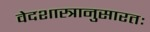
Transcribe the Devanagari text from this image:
वेदशास्त्रानुसारतः